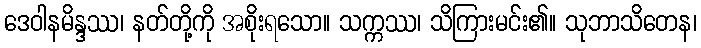
ဒေဝါနမိန္ဒဿ၊ နတ်တို့ကို အစိုးရသော။ သက္ကဿ၊ သိကြားမင်း၏။ သုဘာသိတေန၊